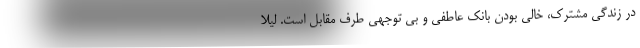
در زندگی مشترک، خالی بودن بانک عاطفی و بی توجهی طرف مقابل است. لیلا